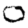
Digit: 0